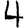
Digit: 4